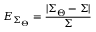
E _ { \Sigma _ { \Theta } } = \frac { | \Sigma _ { \Theta } - \Sigma | } { \Sigma }